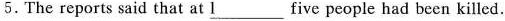
5.The reports said that at \underline{I}___ five people had been killed.